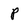
Character: P